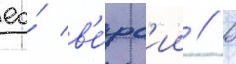
ео́ в'е́рс'ии // В